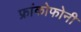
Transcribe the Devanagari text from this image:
फ्रांकोफोनी